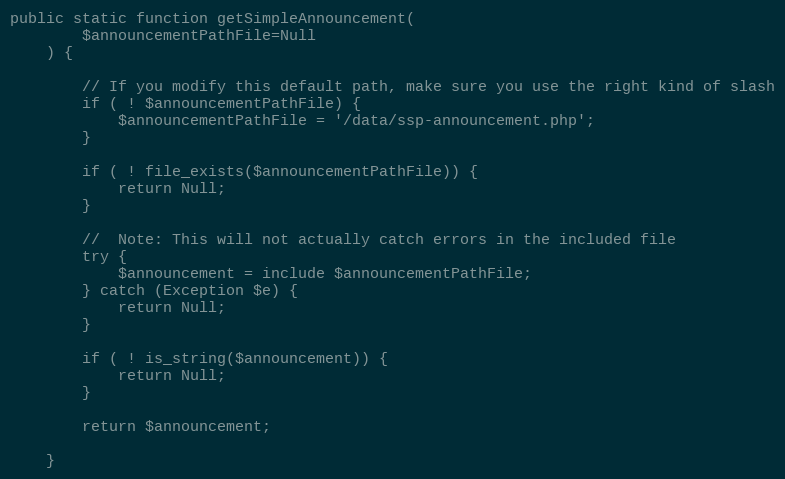
Language: PHP
public static function getSimpleAnnouncement(
        $announcementPathFile=Null
    ) {

        // If you modify this default path, make sure you use the right kind of slash
        if ( ! $announcementPathFile) {
            $announcementPathFile = '/data/ssp-announcement.php';
        }

        if ( ! file_exists($announcementPathFile)) {
            return Null;
        }

        //  Note: This will not actually catch errors in the included file
        try {
            $announcement = include $announcementPathFile;
        } catch (Exception $e) {
            return Null;
        }

        if ( ! is_string($announcement)) {
            return Null;
        }

        return $announcement;

    }